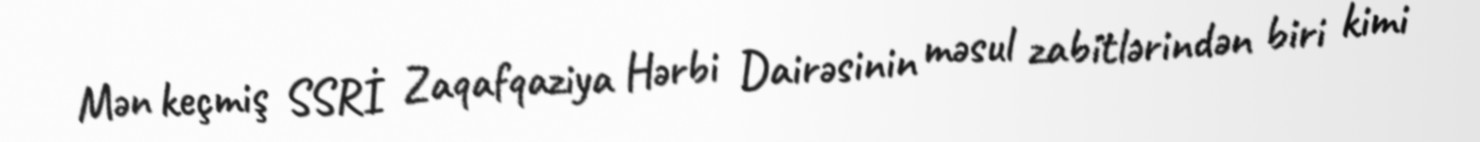
Mən keçmiş SSRİ Zaqafqaziya Hərbi Dairəsinin məsul zabitlərindən biri kimi